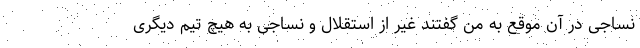
نساجی در آن موقع به من گفتند غیر از استقلال و نساجی به هیچ تیم دیگری